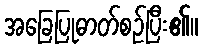
အခြေပြုဓာတ်စဉ်ပြီး၏။